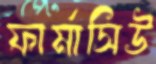
ফার্মাসিউ